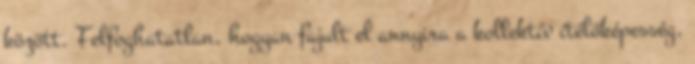
között. Felfoghatatlan, hogyan fajult el annyira a kollektív ítélőképesség,